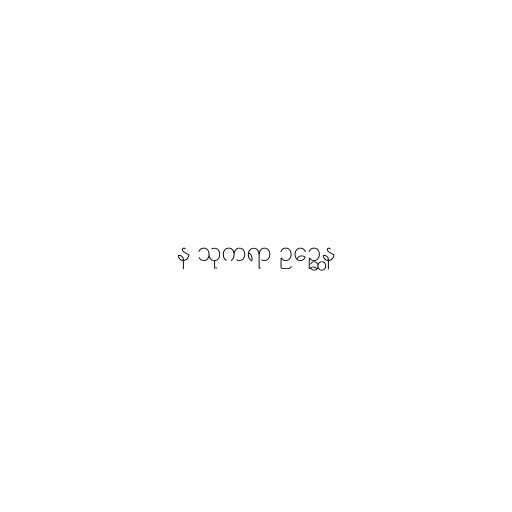
န သုကရာ ဥဉ္ဆေန